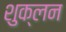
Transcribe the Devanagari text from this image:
शुक्लन